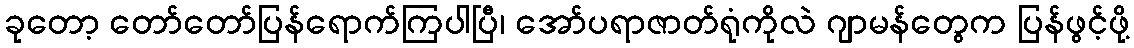
ခုတော့ တော်တော်ပြန်ရောက်ကြပါပြီ၊ အော်ပရာဇာတ်ရုံကိုလဲ ဂျာမန်တွေက ပြန်ဖွင့်ဖို့